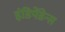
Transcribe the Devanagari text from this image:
इंडिपेंडेन्स